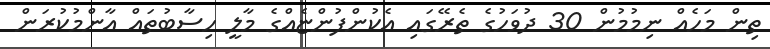
ތިން މަހެއް ނިމުމުން 30 ދުވަހުގެ ތެރޭގައި އެކުންފުންޏެއްގެ މާލީ ހިސާބުތައް އާންމުކުރަން